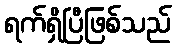
ရက်ရှိပြီဖြစ်သည်